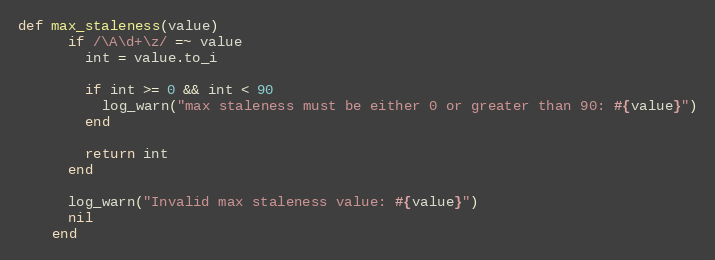
Language: Ruby
def max_staleness(value)
      if /\A\d+\z/ =~ value
        int = value.to_i

        if int >= 0 && int < 90
          log_warn("max staleness must be either 0 or greater than 90: #{value}")
        end

        return int
      end

      log_warn("Invalid max staleness value: #{value}")
      nil
    end